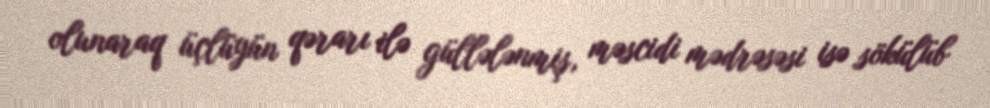
olunaraq üçlüyün qərarı ilə güllələnmiş, məscidi mədrəsəsi isə sökülüb